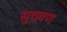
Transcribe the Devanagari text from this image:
सुचवण